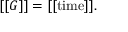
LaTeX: [ [ G ] ] = [ [ \mathrm { t i m e } ] ] .